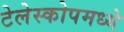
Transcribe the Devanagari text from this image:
टेलेस्कोपमध्ये